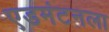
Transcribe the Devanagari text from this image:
एडमंटनला